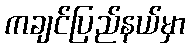
ကချင်ပြည်နယ်မှာ